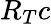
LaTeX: R_{T}c